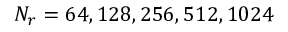
N _ { r } = 6 4 , 1 2 8 , 2 5 6 , 5 1 2 , 1 0 2 4